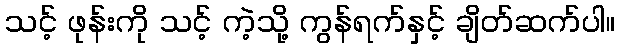
သင့် ဖုန်းကို သင့် ကဲ့သို့ ကွန်ရက်နှင့် ချိတ်ဆက်ပါ။